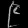
Digit: ၉